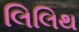
લિલિથ